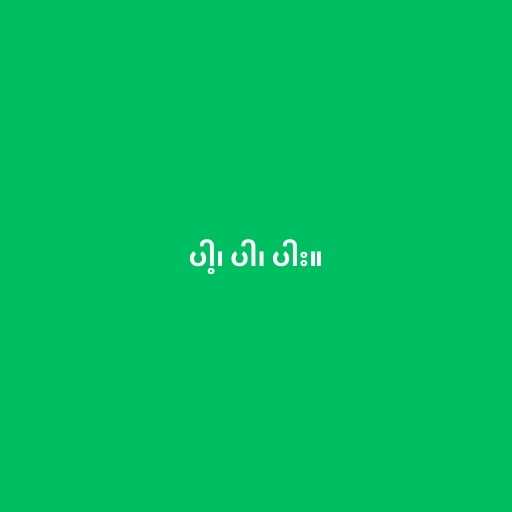
ပါ့၊ ပါ၊ ပါး။